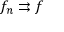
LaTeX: f _ { n } \rightrightarrows f